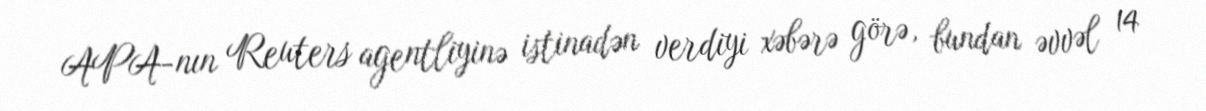
APA-nın Reuters agentliyinə istinadən verdiyi xəbərə görə, bundan əvvəl 14